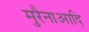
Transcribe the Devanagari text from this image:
मुरैनाआदि